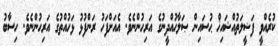
ކުރެއްވީ ފަޟީލަތުއްޝައިޚް ޙުސައިން ޞަލާޙުއްދީނުގެ އަރިހުންނެވެ. އެއަށްފަހު ރަންފުޅު ޅަހުއްތުގެ އަރިހުންނެވެ. ހިސާބު